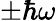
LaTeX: \pm\hbar\omega